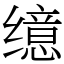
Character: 𫄷